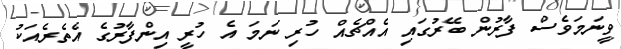
ވީނަމަވެސް ފާރުން ބޭރުގައި އެއްޗެއް ހުރި ނަމަ އެ ހުރީ އިންފާރުގެ އެތެރެއަކު